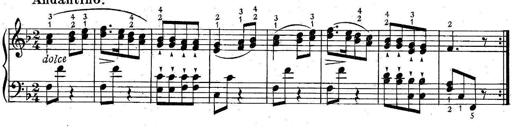
Title: 6 Easy Sonatinas
Composer: Carl Czerny